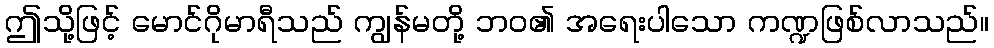
ဤသို့ဖြင့် မောင်ဂိုမာရီသည် ကျွန်မတို့ ဘဝ၏ အရေးပါသော ကဏ္ဍဖြစ်လာသည်။